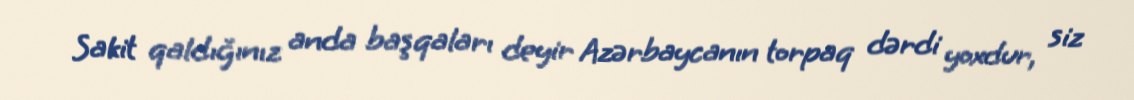
Sakit qaldığınız anda başqaları deyir Azərbaycanın torpaq dərdi yoxdur, siz